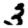
Digit: 3